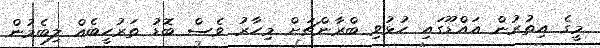
މީގެ އިތުރުން އައްޑޫގައި ހުޅުވި ބްރާންޗަށް މިހާރު ވެސް ބޮޑު ތަރުހީބެއް ލިބެމުން